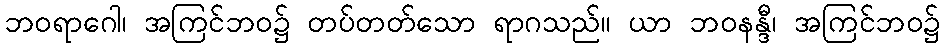
ဘဝရာဂေါ၊ အကြင်ဘဝ၌ တပ်တတ်သော ရာဂသည်။ ယာ ဘဝနန္ဒီ၊ အကြင်ဘဝ၌